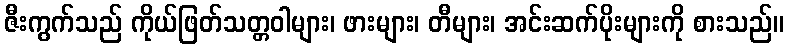
ဇီးကွက်သည် ကိုယ်ဖြတ်သတ္တဝါများ၊ ဖားများ၊ တီများ၊ အင်းဆက်ပိုးများကို စားသည်။